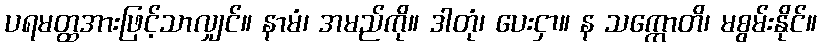
ပရမတ္ထအားဖြင့်သာလျှင်။ နာမံ၊ အမည်ကို။ ဒါတုံ၊ ပေးငှာ။ န သက္ကောတိ၊ မစွမ်းနိုင်။